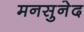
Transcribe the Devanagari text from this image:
मनसुनेद